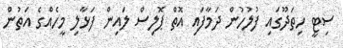
ސިޓީ ހިތަދޫގައި ފުލުހުން ދަމާފައި އޮތް ޕޮލިސް ލައިން ފަޅާލި މީހެއްގެ އަތުން